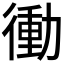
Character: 𭜀